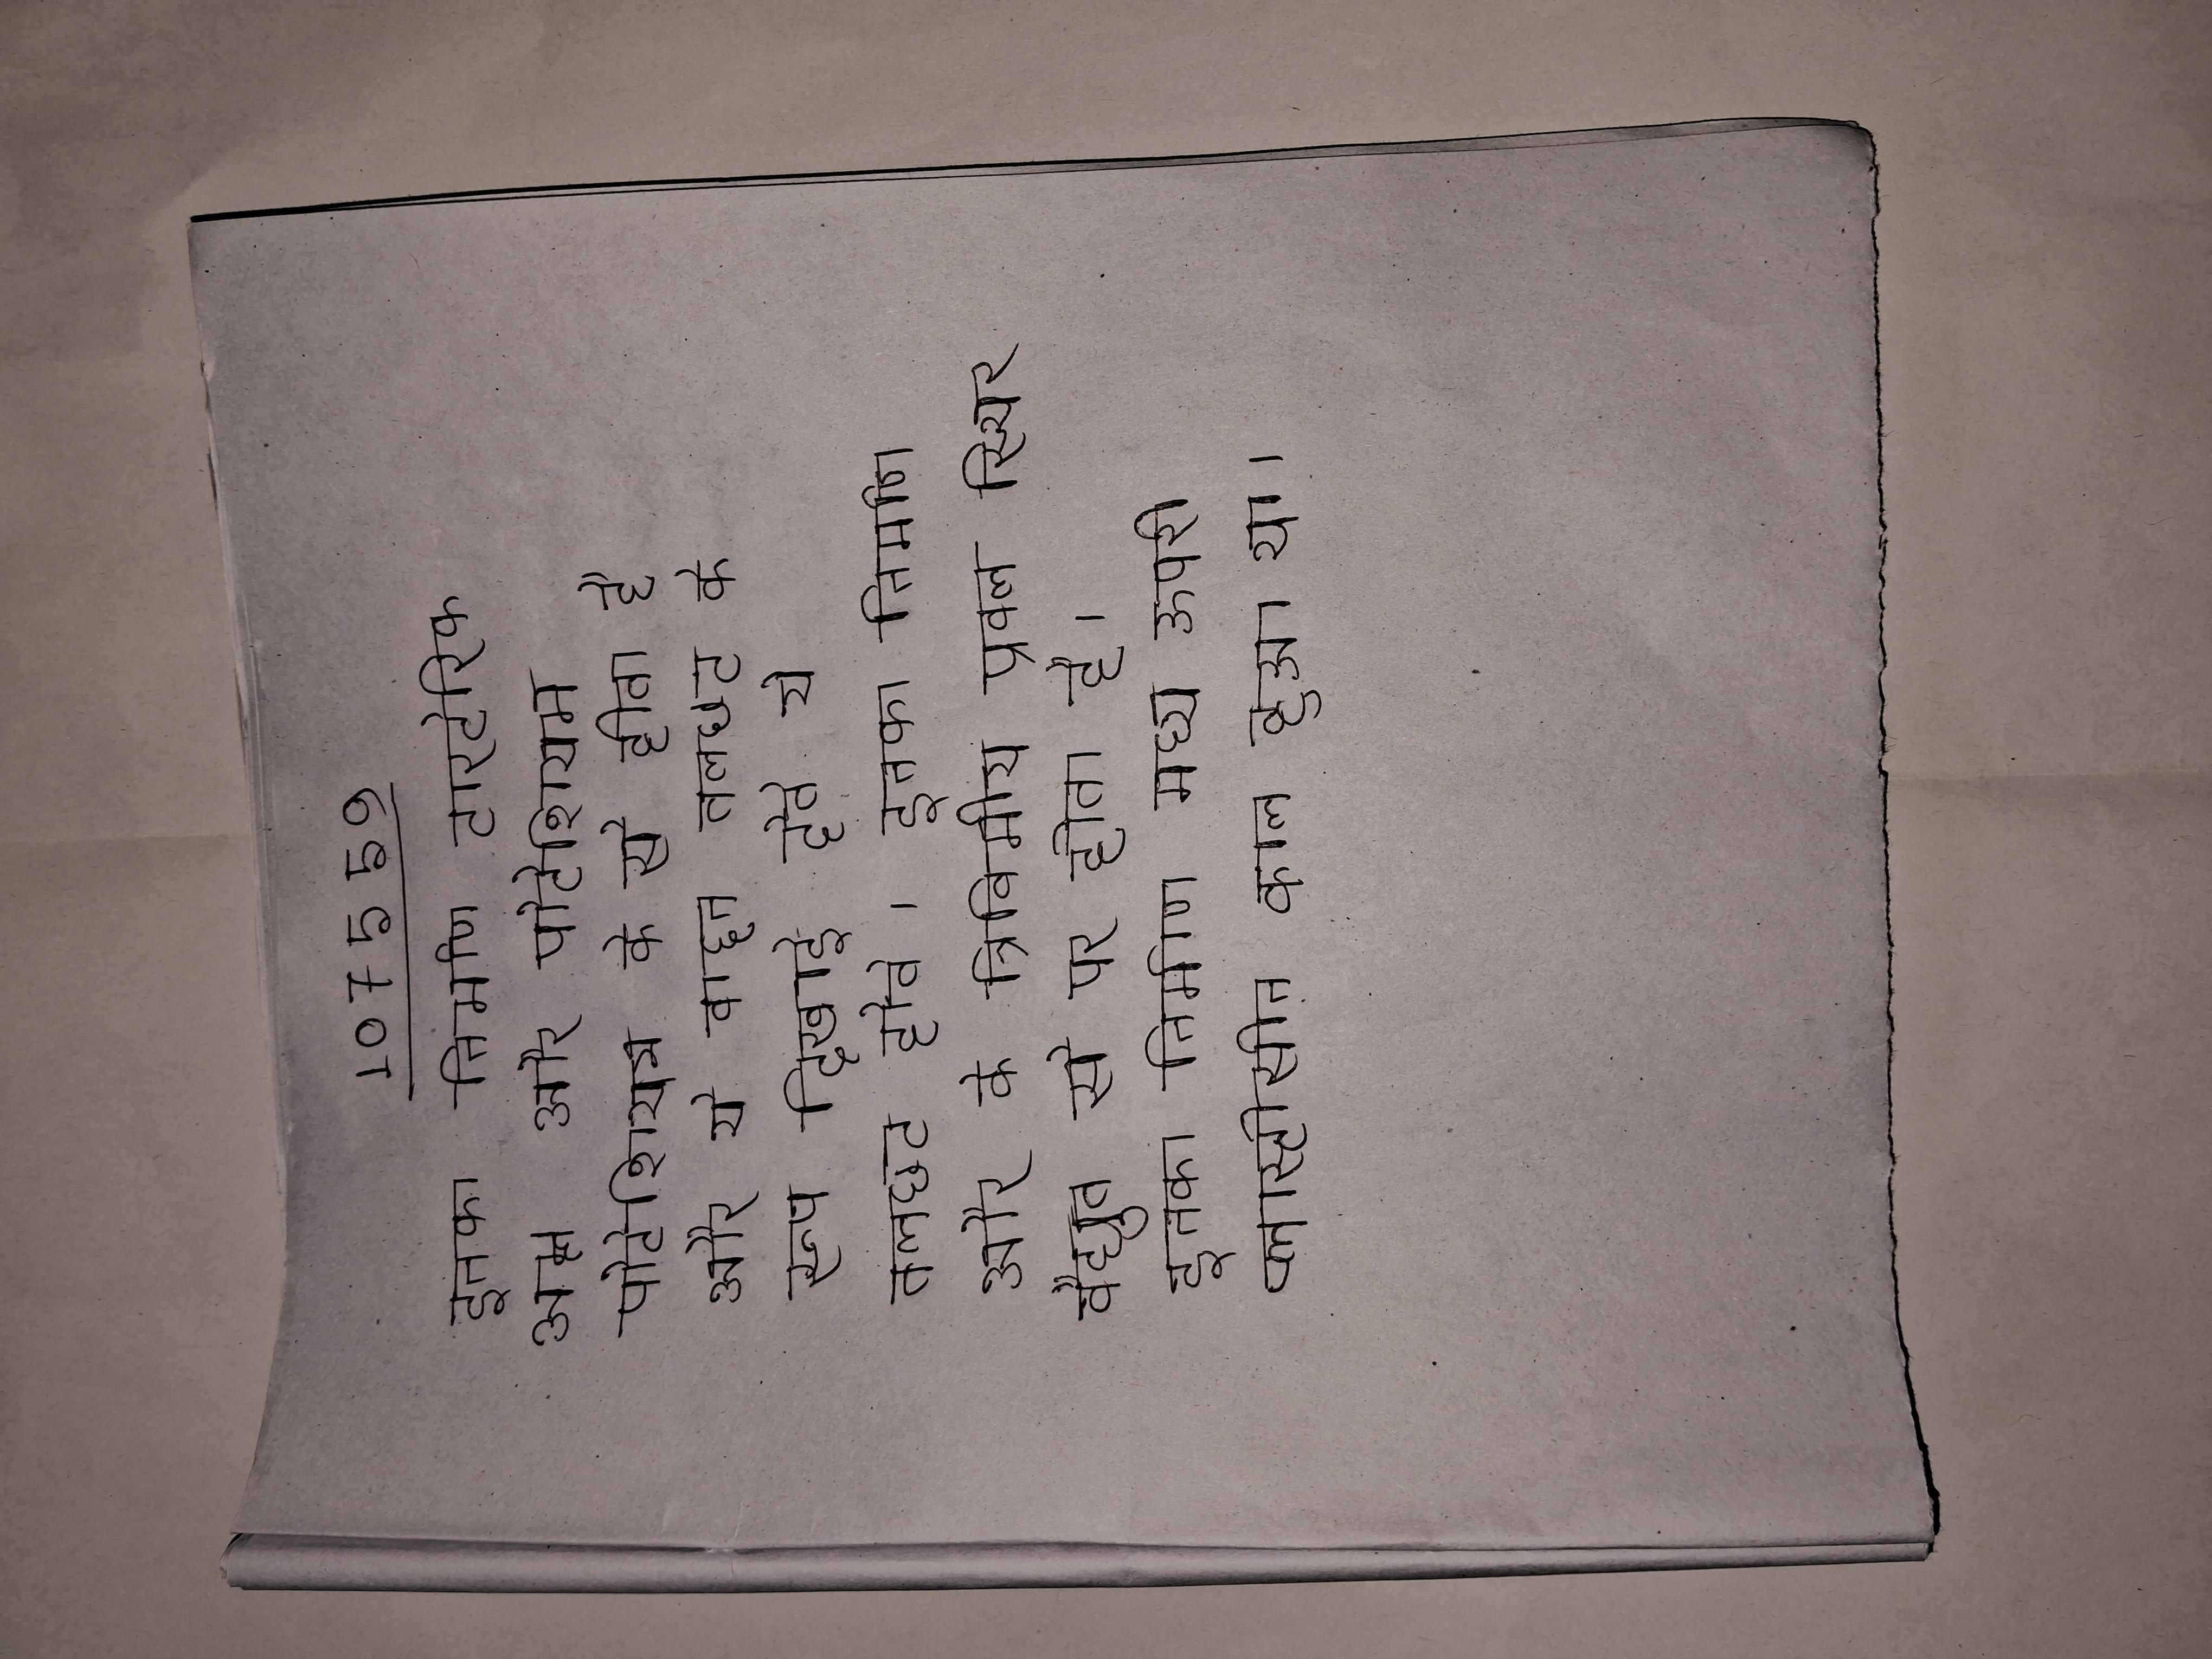
इनका निर्माण टारटेरिक अम्ल और पोटेशियम पोटेशियम के से होता है और ये वाइन तलछट के रूप दिखाई देते ये तलछट होते । इनका निर्माण और के त्रिविमीय प्रबल स्थिर वैद्युत से पर होता है । इनका निर्माण मध्य ऊपरी प्लास्टोसीन काल हुआ था ।